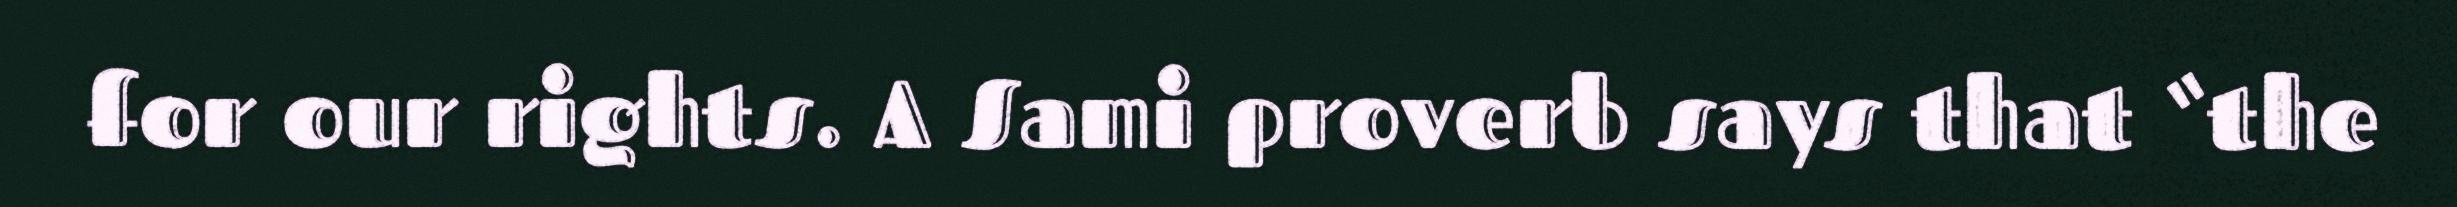
for our rights. A Sami proverb says that “the